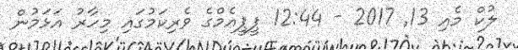
ލުކް މެއި 13